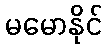
မမောနိုင်